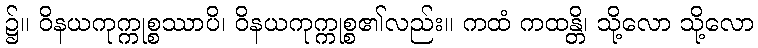
၌။ ဝိနယကုက္ကုစ္စဿာပိ၊ ဝိနယကုက္ကုစ္စ၏လည်း။ ကထံ ကထန္တိ၊ သို့လော သို့လော